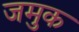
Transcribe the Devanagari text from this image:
जमुक